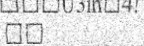
٤٤